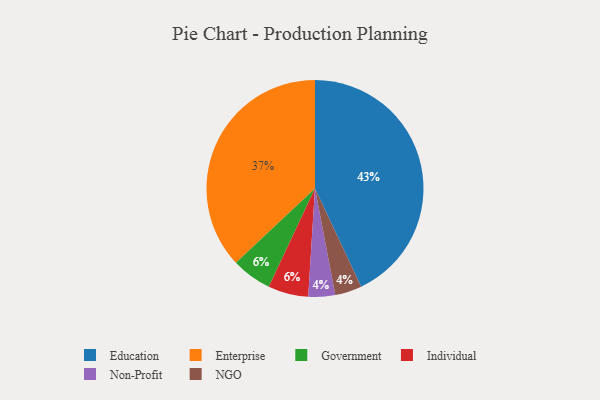
{"axis": {"x": "Category", "y": "Percentage"}, "legend": ["Education", "Enterprise", "Government", "Individual", "NGO", "Non-Profit"], "data": [{"x": "Enterprise", "y": 37, "type": "Enterprise"}, {"x": "Non-Profit", "y": 4, "type": "Non-Profit"}, {"x": "Government", "y": 6, "type": "Government"}, {"x": "NGO", "y": 4, "type": "NGO"}, {"x": "Individual", "y": 6, "type": "Individual"}, {"x": "Education", "y": 43, "type": "Education"}]}